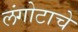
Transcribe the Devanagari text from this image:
लंगोटाचे